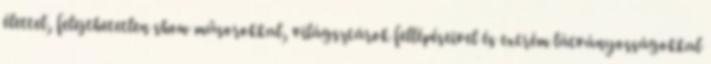
élettel, felejthetetlen show műsorokkal, világsztárok fellépéseivel és extrém látványosságokkal